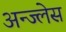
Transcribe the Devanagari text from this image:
अन्ज्लेस